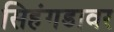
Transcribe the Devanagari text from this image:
सिहंगडावर